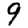
Digit: 9